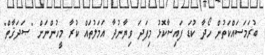
ބުރަމަސައްކަތުން ހޯދާ ކުޑަ ފައިސާކޮޅު މިފަދަ ވިޔާނުދާ އަމަލުތައް ކުރާ މީހުންނަށް "ޞަދަޤާތް"